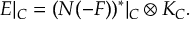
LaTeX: E | _ { C } = ( N ( - F ) ) ^ { * } | _ { C } \otimes K _ { C } .